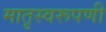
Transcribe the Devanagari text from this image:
मातृस्वरूपणी